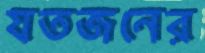
যতজনের